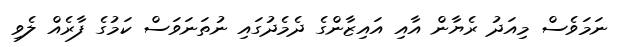
ނަމަވެސް މިއަދު ރެޔާން އާއި އައިޒާންގެ ދެމެދުގައި ނުތަނަވަސް ކަމުގެ ފާރެއް ލެވި